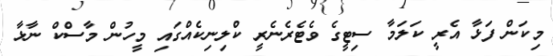
މިކަން ފަޅާ އެރީ ކަލަމާ ސިޓީގެ ވެޓެރެނެރީ ކްލިނިކެއްގައި މީހުން މާސްކް ނާޅާ